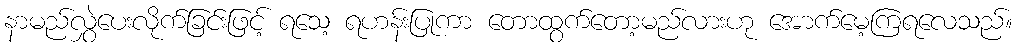
နာမည်လွှဲပေးလိုက်ခြင်းဖြင့် ရသေ့ ရဟန်းပြုကာ တောထွက်တော့မည်လားဟု အောက်မေ့ကြရလေသည်။